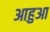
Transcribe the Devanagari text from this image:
आहुआ